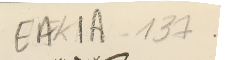
EAK1A-137